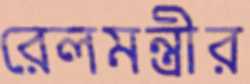
রেলমন্ত্রীর